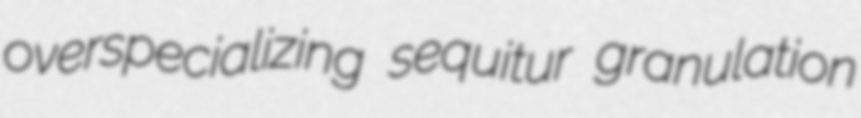
overspecializing sequitur granulation